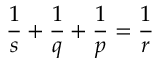
\frac { 1 } { s } + \frac { 1 } { q } + \frac { 1 } { p } = \frac { 1 } { r }